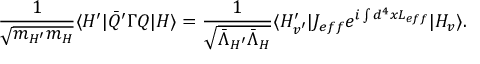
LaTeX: \frac { 1 } { \sqrt { m _ { H ^ { \prime } } m _ { H } } } \langle H ^ { \prime } | \bar { Q } ^ { \prime } \Gamma Q \vert H \rangle = \frac { 1 } { \sqrt { \bar { \Lambda } _ { H ^ { \prime } } \bar { \Lambda } _ { H } } } \langle H _ { v ^ { \prime } } ^ { \prime } \vert J _ { e f f } e ^ { i \int d ^ { 4 } x { \cal L } _ { e f f } } | H _ { v } \rangle .